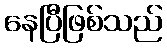
နေပြီဖြစ်သည်